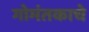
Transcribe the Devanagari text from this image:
गोमंतकाचे